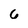
Character: 6